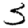
Digit: 3